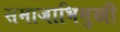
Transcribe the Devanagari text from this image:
समाजाभिमुखी